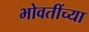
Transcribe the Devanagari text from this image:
भोवतींच्या